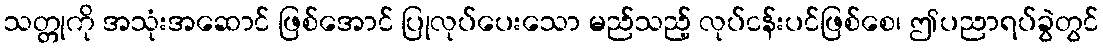
သတ္တုကို အသုံးအဆောင် ဖြစ်အောင် ပြုလုပ်ပေးသော မည်သည့် လုပ်ငန်းပင်ဖြစ်စေ၊ ဤပညာရပ်ခွဲတွင်